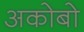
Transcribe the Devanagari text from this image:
अकोबो